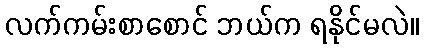
လက်ကမ်းစာစောင် ဘယ်က ရနိုင်မလဲ။